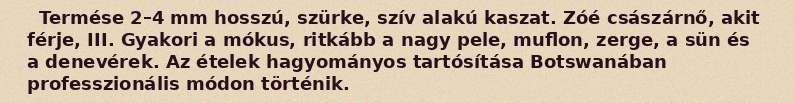
Termése 2–4 mm hosszú, szürke, szív alakú kaszat. Zóé császárnő, akit férje, III. Gyakori a mókus, ritkább a nagy pele, muflon, zerge, a sün és a denevérek. Az ételek hagyományos tartósítása Botswanában professzionális módon történik.